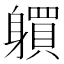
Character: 𨊋